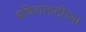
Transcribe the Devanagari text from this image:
बधिरांसाठीच्या